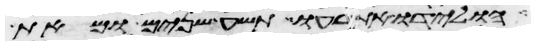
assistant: הולידו את רעו תשע שנים ומאת